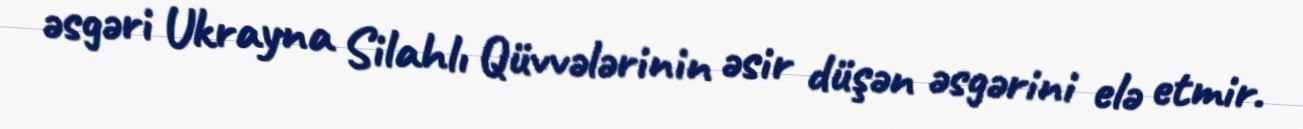
əsgəri Ukrayna Silahlı Qüvvələrinin əsir düşən əsgərini elə etmir.